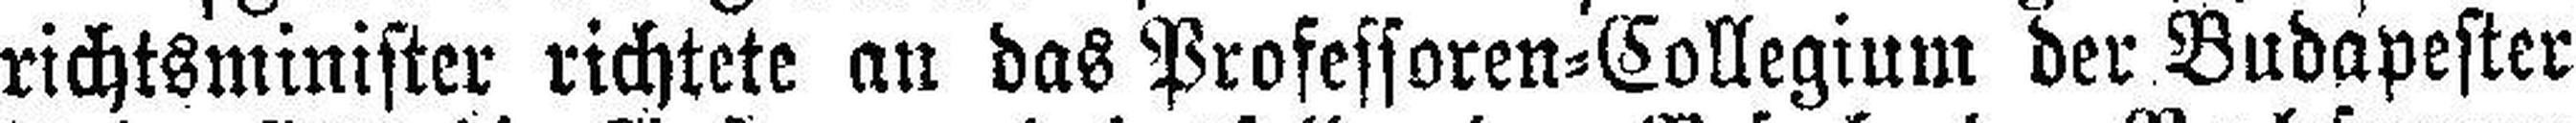
richtsminister richtete an das Professoren=Collegium der Budapester